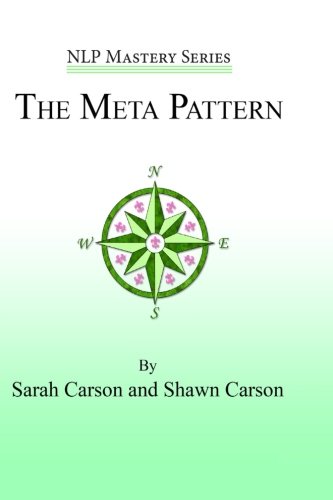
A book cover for The Meta Pattern: The Ultimate Structure of Influence for Coaches, Hypnosis Practitioners, and Business Executives (NLP Mastery) (Volume 3); Sarah Carson; Self-Help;